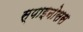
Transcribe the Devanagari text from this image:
स्पाइनोसस